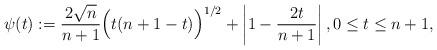
LaTeX: \begin{align*}\psi(t):=\frac{2\sqrt{n}}{n+1}\Bigl(t(n+1-t)\Bigr)^{1/2}+\left|1-\frac{2t}{n+1}\right|, 0\leq t\leq n+1,\end{align*}